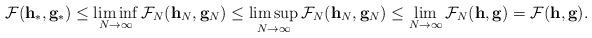
LaTeX: \begin{align*}\mathcal{F} (\mathbf{h}_*,\mathbf{g}_*) \leq \liminf_{N \to \infty} \mathcal{F}_N (\mathbf{h}_N,\mathbf{g}_N) \leq \limsup_{N \to \infty} \mathcal{F}_N (\mathbf{h}_N,\mathbf{g}_N) \leq \lim_{N \to \infty} \mathcal{F}_N (\mathbf{h},\mathbf{g}) = \mathcal{F} (\mathbf{h},\mathbf{g}).\end{align*}